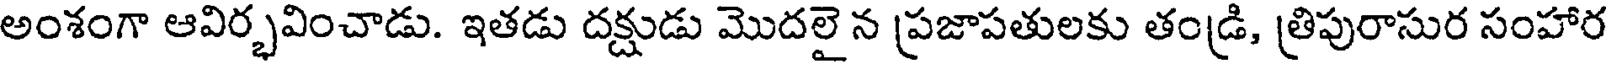
అంశంగా ఆవిర్భవించాడు. ఇతడు దక్షుడు మొదలై న ప్రజాపతులకు తండ్రి, త్రిపురాసుర సంహార